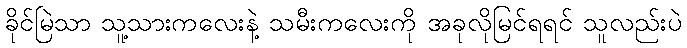
ခိုင်မြဲသာ သူ့သားကလေးနဲ့ သမီးကလေးကို အခုလိုမြင်ရရင် သူလည်းပဲ